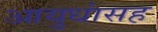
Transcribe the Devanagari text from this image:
आयुधांसह